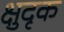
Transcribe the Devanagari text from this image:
क्षुदृक